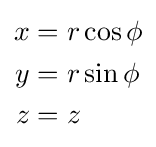
{\begin{aligned}x&=r\cos \phi \\y&=r\sin \phi \\z&=z\end{aligned}}